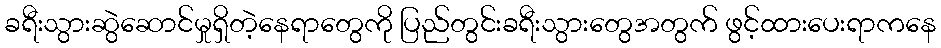
ခရီးသွားဆွဲဆောင်မှုရှိတဲ့နေရာတွေကို ပြည်တွင်းခရီးသွားတွေအတွက် ဖွင့်ထားပေးရာကနေ